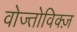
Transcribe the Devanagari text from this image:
वोज्तोविक्ज़